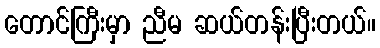
တောင်ကြီးမှာ ညီမ ဆယ်တန်းပြီးတယ်။